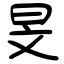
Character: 旻